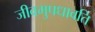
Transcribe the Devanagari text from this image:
जीवमुपधावति